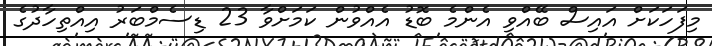
މިފަހަކަށް އައިސް ބޭއްވި އެންމެ ބޮޑު އެއްވުން ކަމަށްވާ 23 ޑިސެމްބަރު އިއްތިހާދުގެ